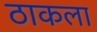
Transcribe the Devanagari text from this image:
ठाकला